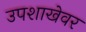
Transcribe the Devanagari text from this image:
उपशाखेवर